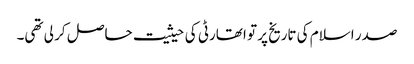
صدر اسلام کی تاریخ پر تو اتھارٹی کی حیثیت حاصل کر لی تھی۔